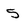
Character: 5